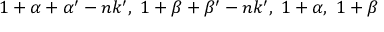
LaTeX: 1 + \alpha + \alpha ^ { \prime } - n k ^ { \prime } , ~ 1 + \beta + \beta ^ { \prime } - n k ^ { \prime } , ~ 1 + \alpha , ~ 1 + \beta